NAE_EAA_P-1050_Enda_Kallas, lk 4
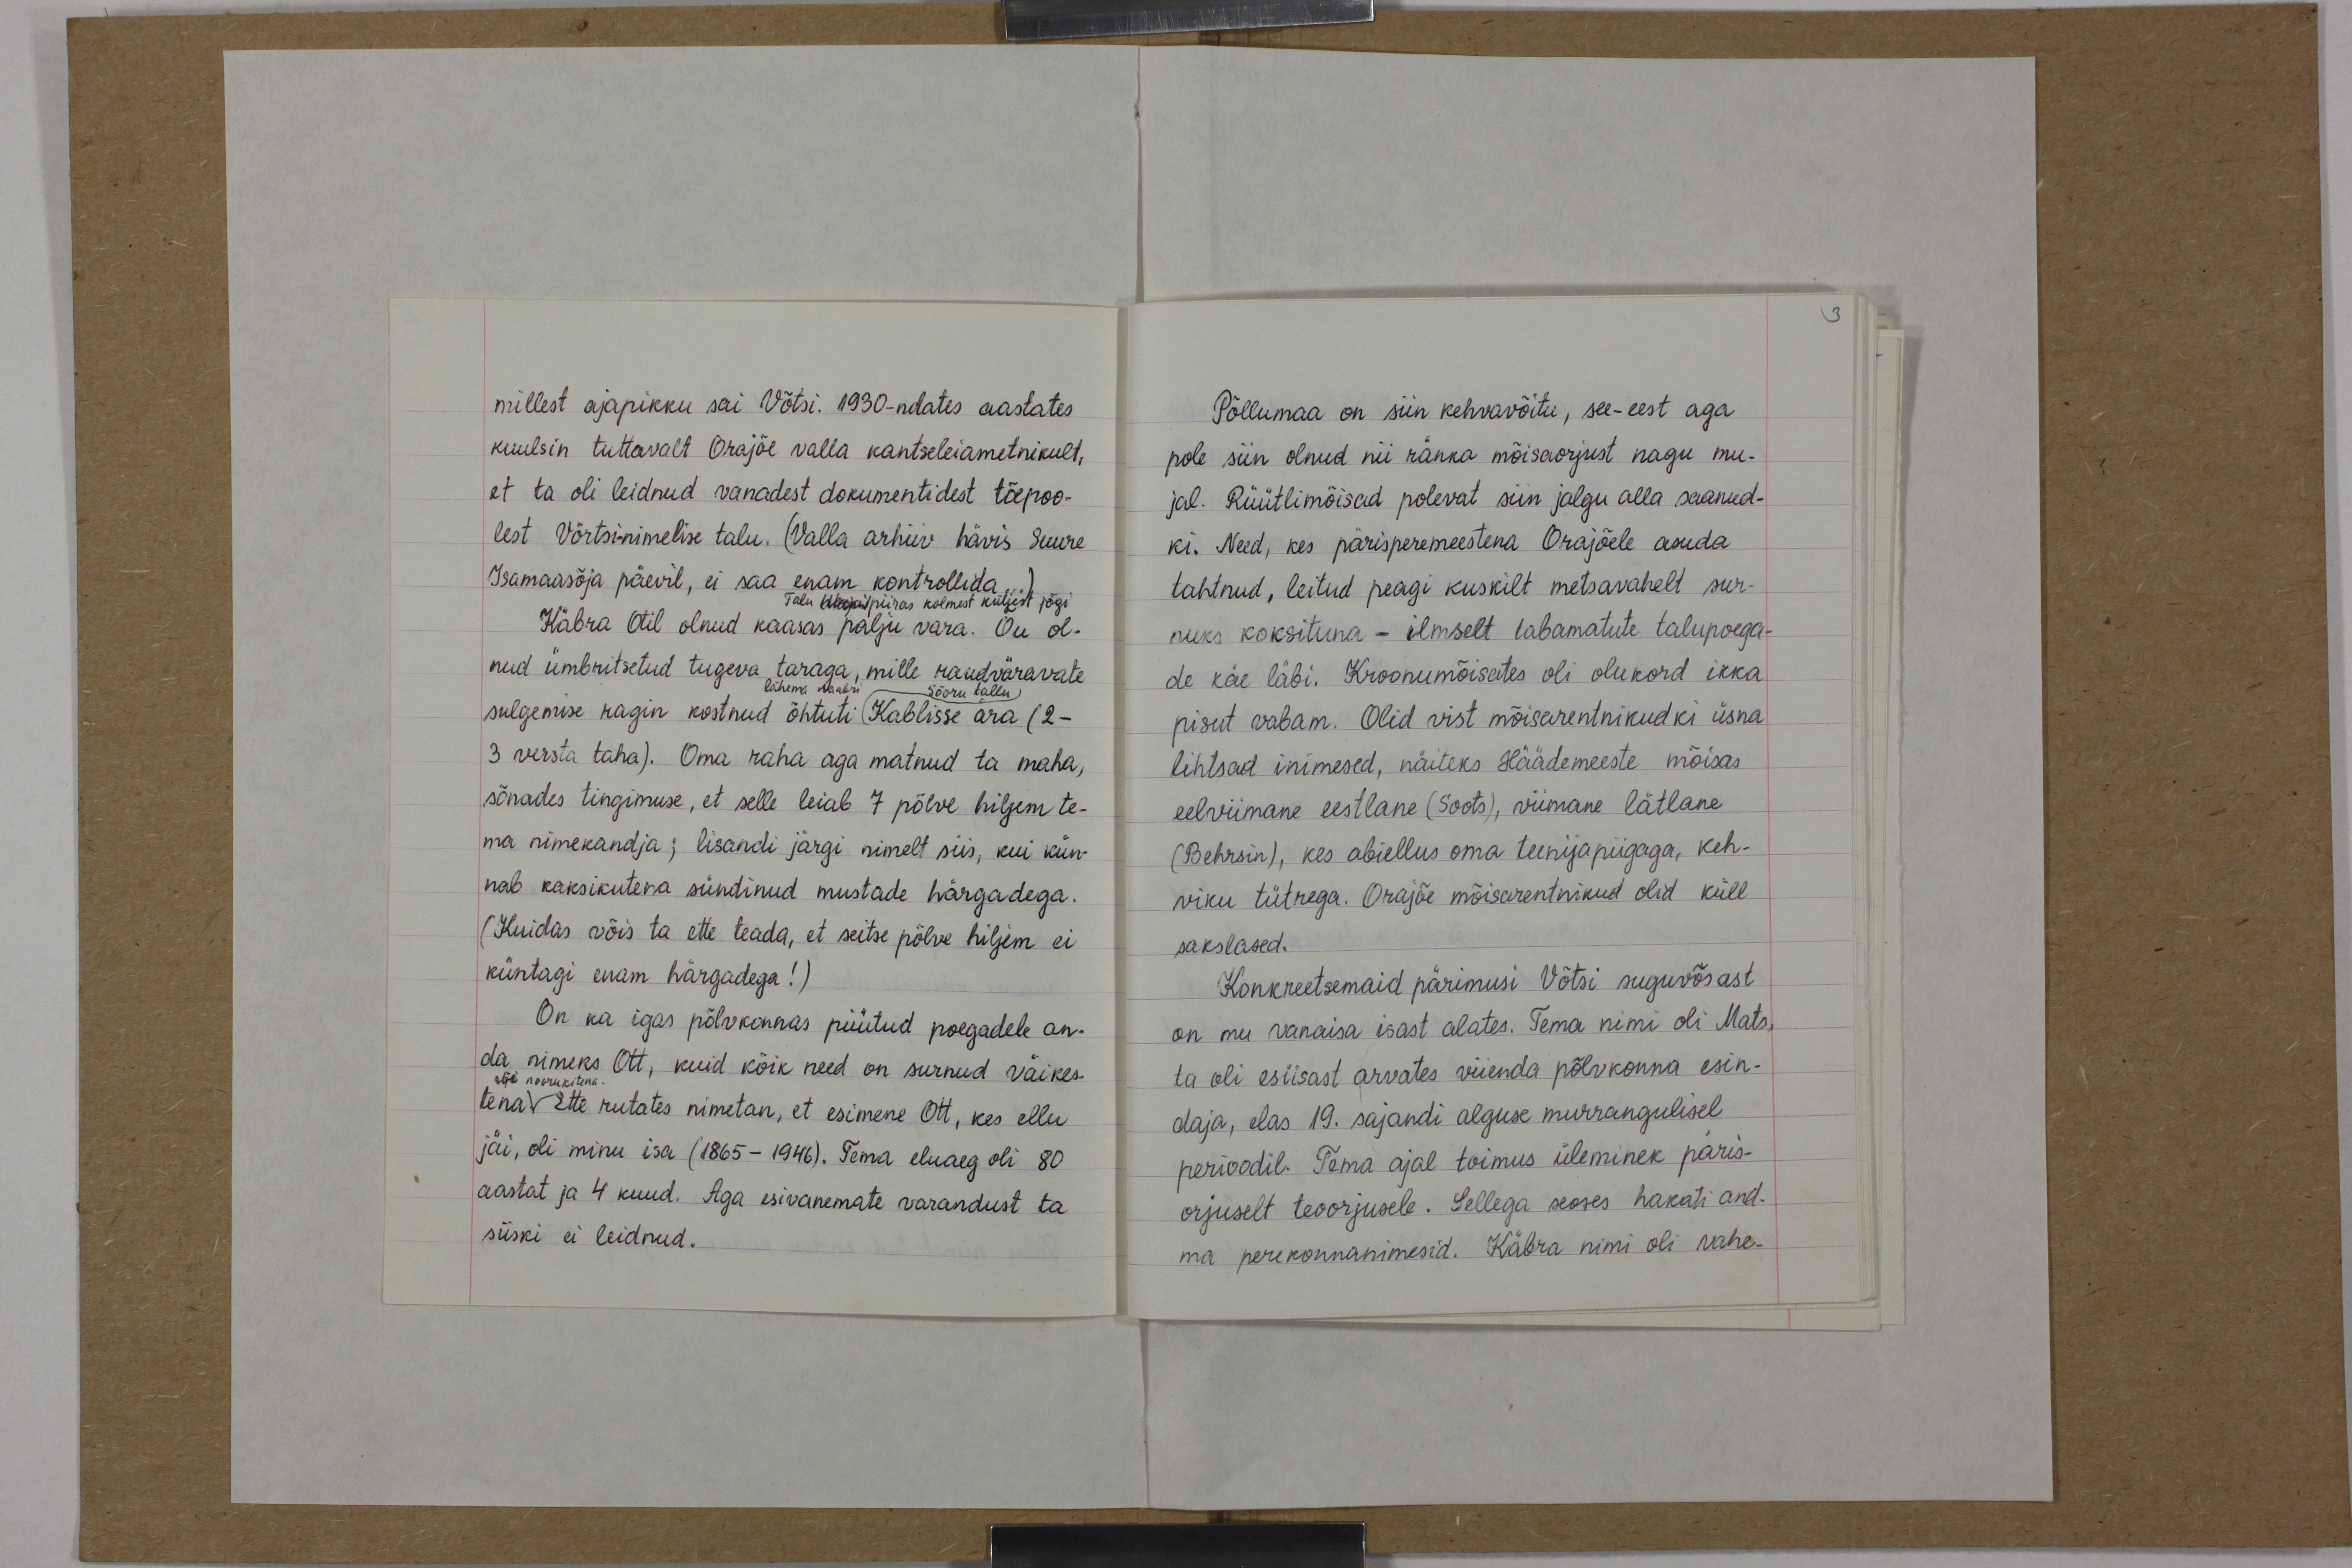
millest ajapikku sai Võtsi. 1930-ndates aastates
kuulsin tuttavalt Orajõe valla kantseleiametnikult,
et ta oli leidnud vanadest dokumentidest tõepoo-
lest Võrtsi-nimelise talu. (Valla arhiiv hävis suure
Isamaasõja päevil, ei saa enam kontrollida)
Talu Maani piiras kolmest küljest jõgi
Käbra Otil olnud kaasas palju vara. Õu ol-
nud ümbritsetud tugeva taraga, mille raudväravate
lähema naabri Sõõru tallu
sulgemise ragin kostnud õhtuti (Kablisse ära (2-
3 versta taha). Oma raha aga matnud ta maha,
sõnades tingimuse, et selle leiab 7 põlve hilgem te-
ma nimekandja; lisandi järgi nimelt siis, kui kün-
nab kaksikutena sündinud mustade härgadega.
Kuidas võis ta ette teada, et seitse põlve hiljem ei
küntagi enam härgadega!)
On ka igas põlvkonnas püütud poegadele an-
da nimeks Ott, kuid kõik need on surnud väikes-
või noorukitena.
tena. Ette rutates nimetan, et esimene Ott, kes ellu
jäi, oli minu isa (1865-1946). Tema eluaeg oli 80
aastat ja 4 kuud. Aga esivanemate varandust ta
siiski ei leidnud.

Põllumaa on siin kehvavõitu, see-eest aga
pole siin olnud nii ränka mõisaorjust nagu mu-
jal. Rüütlimõisad polevat siin jalgu alla saanud-
ki. Need, kes pärisperemeestena Orajõele asuda
tahtnud, leitud peagi kuskilt metsavahelt sur-
nuks koksituna - ilmselt tabamatute talupoega-
de käe läbi. Kroonumõisates oli olukord ikka
pisut vabam. Olid vist mõisarentnikudki üsna
lihtsad inimesed, näiteks Häädemeeste mõisas
eelviimane eestlane (Soots), viimane lätlane,
(Behrsin), kes abiellus oma teenijapiigaga, keh-
viku tütrega. Orajõe mõisarentnikud olid küll
sakslased.
Konkreetsemaid pärimusi Võtsi suguvõsast
on mu vanaisa isast alates. Tema nimi oli Mats,
ta oli esiisast arvates viienda põlvkonna esin-
daja, elas 19. sajandi alguse murrangulisel
perioodil. Tema ajal toimus üleminek päris-
orjuselt teoorjusele. Sellega seoses hakati and-
ma perekonnanimesid. Käbra nimi oli vahe-